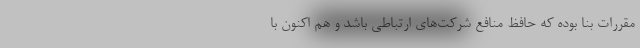
مقررات بنا بوده که حافظ منافع شرکت‌های ارتباطی باشد و هم اکنون با